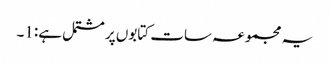
یہ مجموعہ سات کتابوں پر مشتمل ہے:1۔